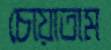
চোয়াতাম